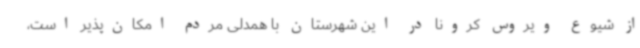
از شیوع ویروس کرونا در این شهرستان با همدلی مردم امکان‌پذیر است،